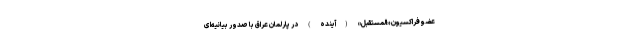
عضو فراکسیون «المستقبل» (آینده) در پارلمان عراق با صدور بیانیه‌ای